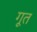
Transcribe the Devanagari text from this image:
गूत